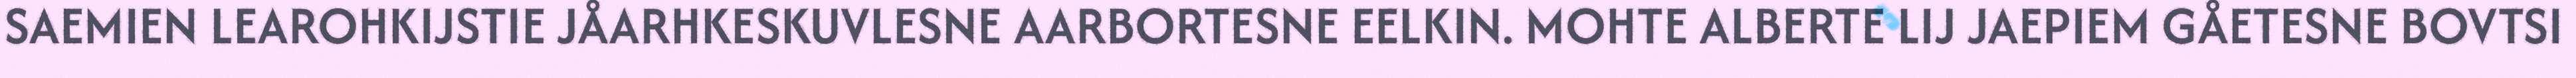
SAEMIEN LEAROHKIJSTIE JÅARHKESKUVLESNE AARBORTESNE EELKIN. MOHTE ALBERTE LIJ JAEPIEM GÅETESNE BOVTSI